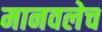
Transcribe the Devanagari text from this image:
मानवलेच